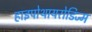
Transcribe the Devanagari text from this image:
हाइपोथायरोडिज्म